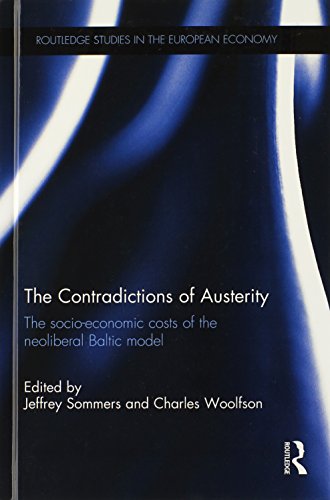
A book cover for The Contradictions of Austerity: The Socio-Economic Costs of the Neoliberal Baltic Model (Routledge Studies in the European Economy); Business & Money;